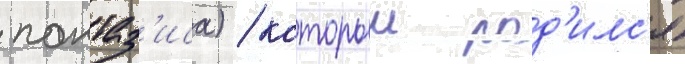
пантаз'иса) / которыи род'илс'я